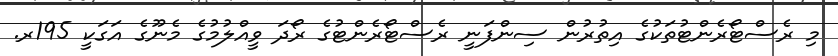
މި ރެސްޓޯރެންޓުތަކުގެ އިތުރުން ސިންފަނީ ރެސްޓޯރެންޓުގެ ރޯދަ ވީއްލުމުގެ މެނޫގެ އަގަކީ 195ރ.